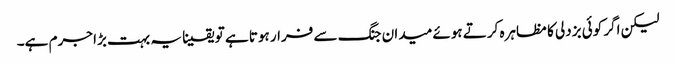
لیکن اگر کوئی بزدلی کا مظاہرہ کرتے ہوئے میدان جنگ سے فرار ہوتا ہے تو یقینا یہ بہت بڑا جرم ہے۔